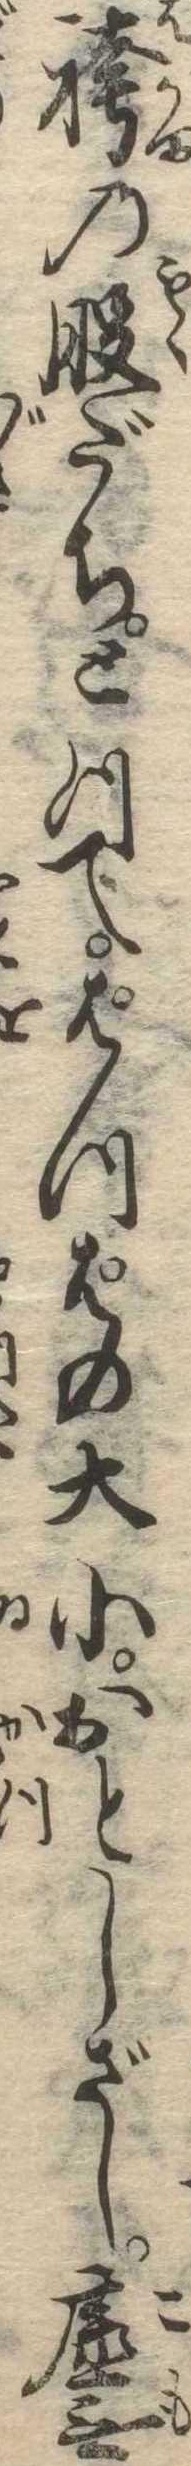
袴の股だちとつてぱつぱの大小おとしざし虚無